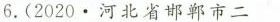
6.(2020·河北省邯郸市二